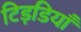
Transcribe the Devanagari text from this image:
टिड़डियाँ